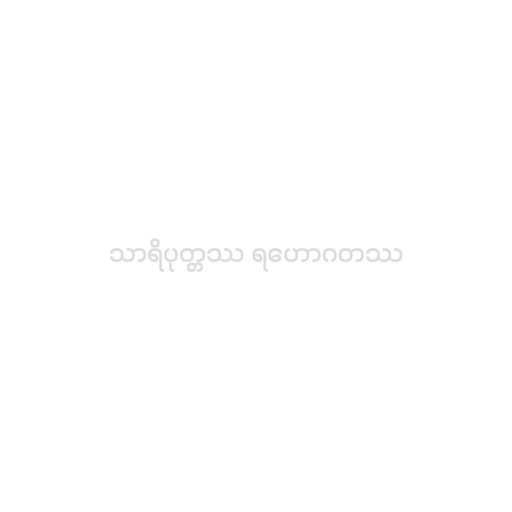
သာရိပုတ္တဿ ရဟောဂတဿ